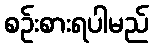
စဉ်းစားရပါမည်